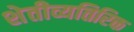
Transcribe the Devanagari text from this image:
शेतीव्यतिरिक्त